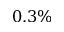
0 . 3 \%